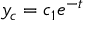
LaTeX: y _ { c } = c _ { 1 } e ^ { - t }